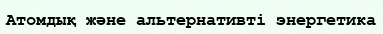
Атомдық және альтернативті энергетика